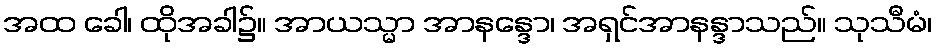
အထ ခေါ၊ ထိုအခါ၌။ အာယသ္မာ အာနန္ဒော၊ အရှင်အာနန္ဒာသည်။ သုသီမံ၊